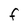
Character: F